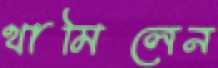
থামিলেন